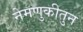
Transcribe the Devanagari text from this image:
नेमणुकीतुन